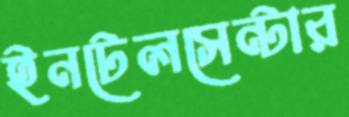
ইনটেলসেন্টার